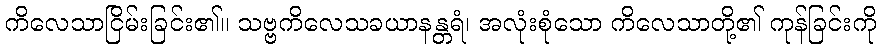
ကိလေသာငြိမ်းခြင်း၏။ သဗ္ဗကိလေသခယာနန္တရံ၊ အလုံးစုံသော ကိလေသာတို့၏ ကုန်ခြင်းကို